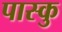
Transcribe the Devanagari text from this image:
पास्कु